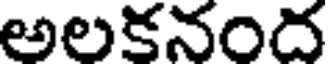
అలకనంద